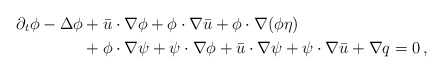
\begin{align*}\partial_t \phi - \Delta \phi& + \bar{u} \cdot \nabla \phi + \phi \cdot \nabla \bar{u} + \phi \cdot \nabla (\phi \eta) \\& + \phi \cdot \nabla \psi + \psi \cdot \nabla \phi + \bar{u} \cdot \nabla \psi + \psi \cdot \nabla \bar{u} + \nabla q=0\, ,\end{align*}